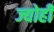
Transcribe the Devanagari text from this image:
ज्योहीं